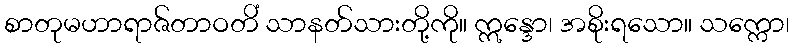
စာတုမဟာရာဇ်တာဝတိံ သာနတ်သားတို့ကို။ ဣန္ဒော၊ အစိုးရသော။ သက္ကော၊